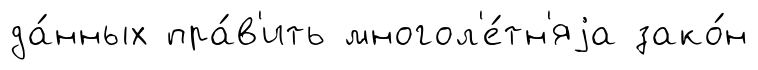
да́нных пра́в'ить многол'е́тн'яjа зако́н